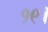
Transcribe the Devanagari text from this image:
१९।